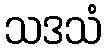
သဒသံ